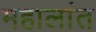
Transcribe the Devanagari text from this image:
महालांत